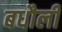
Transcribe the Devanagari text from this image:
बधौली